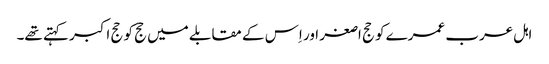
اہل عرب عمرے کو حج اصغر اور اِس کے مقابلے میں حج کو حج اکبر کہتے تھے۔